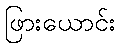
ဖြားယောင်း